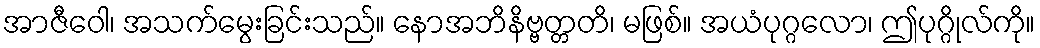
အာဇီဝေါ၊ အသက်မွေးခြင်းသည်။ နောအဘိနိဗ္ဗတ္တတိ၊ မဖြစ်။ အယံပုဂ္ဂလော၊ ဤပုဂ္ဂိုလ်ကို။